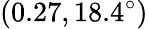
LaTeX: (0.27,18.4^{\circ})